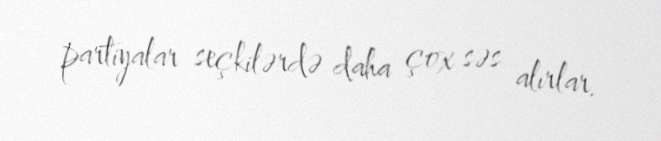
partiyalar seçkilərdə daha çox səs alırlar.